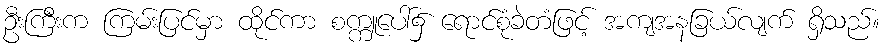
ဦးကြီးက ကြမ်းပြင်မှာ ထိုင်ကာ စက္ကူပေါ်၌ ရောင်စုံခဲတံဖြင့် အကျအနခြယ်လျက် ရှိသည်။